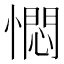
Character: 㦖